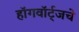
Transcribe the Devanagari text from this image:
हॉगवॉर्ट्‌जचे